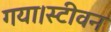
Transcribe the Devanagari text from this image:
गया।स्टीवन